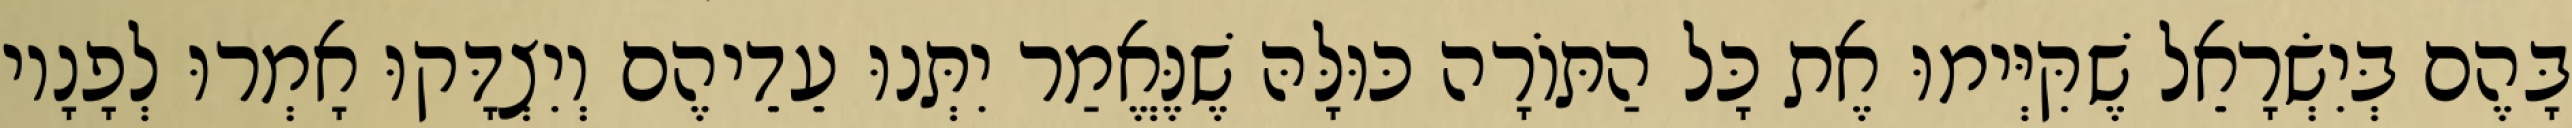
בָּהֶם בְּיִשְׂרָאֵל שֶׁקִּיְּימוּ אֶת כָּל הַתּוֹרָה כּוּלָּהּ שֶׁנֶּאֱמַר יִתְּנוּ עֵדֵיהֶם וְיִצְדָּקוּ אָמְרוּ לְפָנָיו